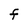
Character: F